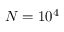
N = 1 0 ^ { 4 }